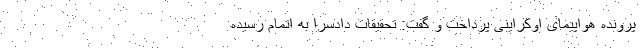
پرونده هواپیمای اوکراینی پرداخت و گفت: تحقیقات دادسرا به اتمام رسیده